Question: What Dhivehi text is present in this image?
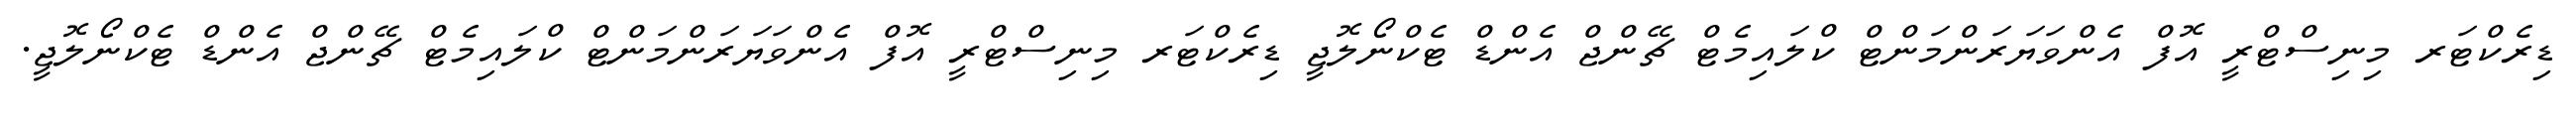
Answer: ޑިރެކްޓަރ މިނިސްޓްރީ އޮފް އެންވަޔަރަންމަންޓް ކްލައިމެޓް ޗޭންޖް އެންޑް ޓެކްނޯލޮޖީ ޑިރެކްޓަރ މިނިސްޓްރީ އޮފް އެންވަޔަރަންމަންޓް ކްލައިމެޓް ޗޭންޖް އެންޑް ޓެކްނޯލޮޖީ.